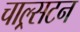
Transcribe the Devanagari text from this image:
चाल्र्सटन